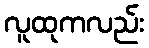
လူထုကလည်း